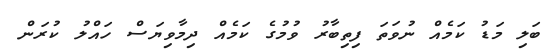
ބަލި މަޑު ކަމެއް ނުވަތަ ފިތިބާރު ވުމުގެ ކަމެއް ދިމާވިޔަސް ހައްލު ކުރަން